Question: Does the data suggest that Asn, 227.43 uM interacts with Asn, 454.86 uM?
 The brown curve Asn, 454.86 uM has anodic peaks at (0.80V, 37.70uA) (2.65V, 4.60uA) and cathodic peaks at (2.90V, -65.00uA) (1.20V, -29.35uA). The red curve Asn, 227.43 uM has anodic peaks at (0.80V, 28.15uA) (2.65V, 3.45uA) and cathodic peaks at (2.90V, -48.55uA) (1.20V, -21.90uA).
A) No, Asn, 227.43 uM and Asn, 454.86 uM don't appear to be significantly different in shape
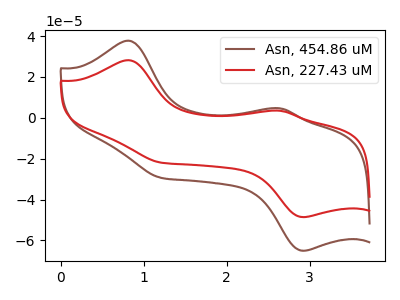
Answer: <think>All the peaks in "Asn, 227.43 uM" have a peak in "Asn, 454.86 uM" at the same potential. Every peak in "Asn, 227.43 uM" is lower than every peak in "Asn, 454.86 uM".
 </think>
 <answer>A) No, "Asn, 227.43 uM" and "Asn, 454.86 uM" don't appear to be significantly different in shape</answer>
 <eval>A</eval>